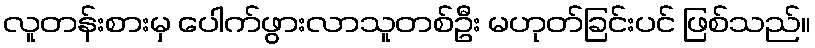
လူတန်းစားမှ ပေါက်ဖွားလာသူတစ်ဦး မဟုတ်ခြင်းပင် ဖြစ်သည်။